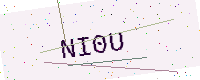
Text: NI0U